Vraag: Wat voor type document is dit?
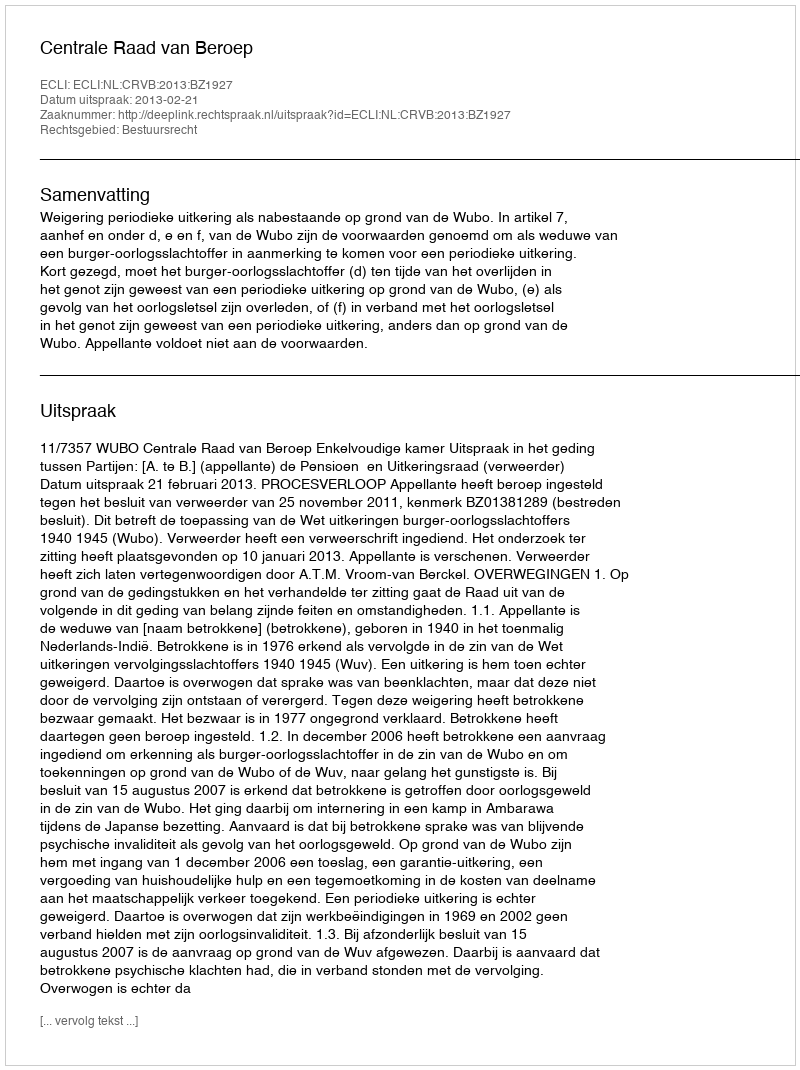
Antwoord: Uitspraak